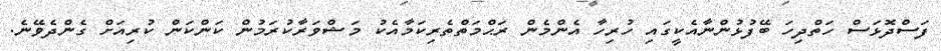
ފަސްދޮޅަސް ހަތްދިހަ ބޭފުޅުންނާއެކީގައި ހުރިހާ އެންމެން ރަޙްމަތްތެރިކަމާއެކު މަޝްވަރާކުރަމުން ކަންކަން ކުރިއަށް ގެންދެވޭނެ.